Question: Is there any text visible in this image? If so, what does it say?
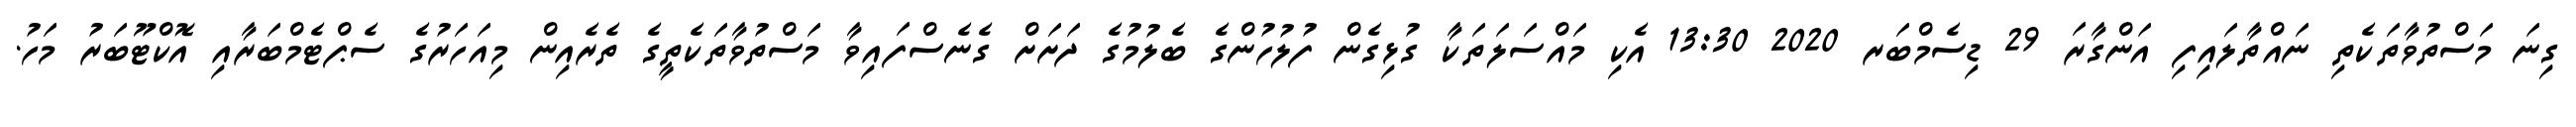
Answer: ގިނަ މަސްތުވާތަކެތި ނައްތާލައިފި އަންގާރަ 29 ޑިސެމްބަރ 2020 13:30 އެކި މައްސަލަތަކާ ގުޅިގެން ފުލުހުންގެ ބެލުމުގެ ދަށަށް ގެނެސްފައިވާ މަސްތުވާތަކެތީގެ ތެރެއިން މިއަހަރުގެ ސެޕްޓެމްބަރާއި އޮކްޓޫބަރު މަހު.